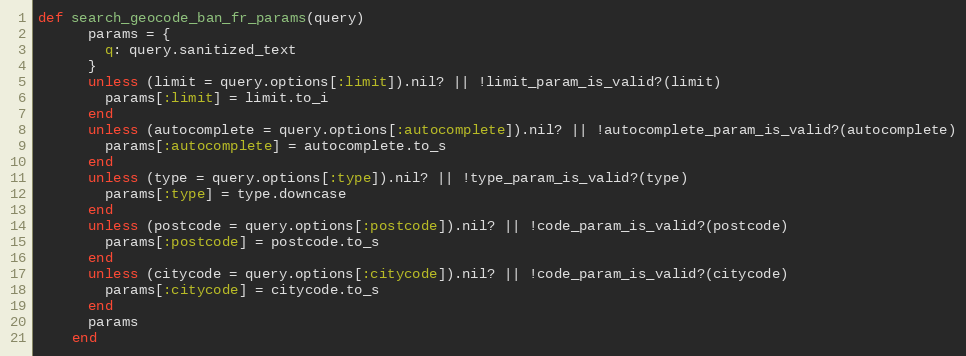
Language: Ruby
def search_geocode_ban_fr_params(query)
      params = {
        q: query.sanitized_text
      }
      unless (limit = query.options[:limit]).nil? || !limit_param_is_valid?(limit)
        params[:limit] = limit.to_i
      end
      unless (autocomplete = query.options[:autocomplete]).nil? || !autocomplete_param_is_valid?(autocomplete)
        params[:autocomplete] = autocomplete.to_s
      end
      unless (type = query.options[:type]).nil? || !type_param_is_valid?(type)
        params[:type] = type.downcase
      end
      unless (postcode = query.options[:postcode]).nil? || !code_param_is_valid?(postcode)
        params[:postcode] = postcode.to_s
      end
      unless (citycode = query.options[:citycode]).nil? || !code_param_is_valid?(citycode)
        params[:citycode] = citycode.to_s
      end
      params
    end